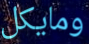
ومايكل